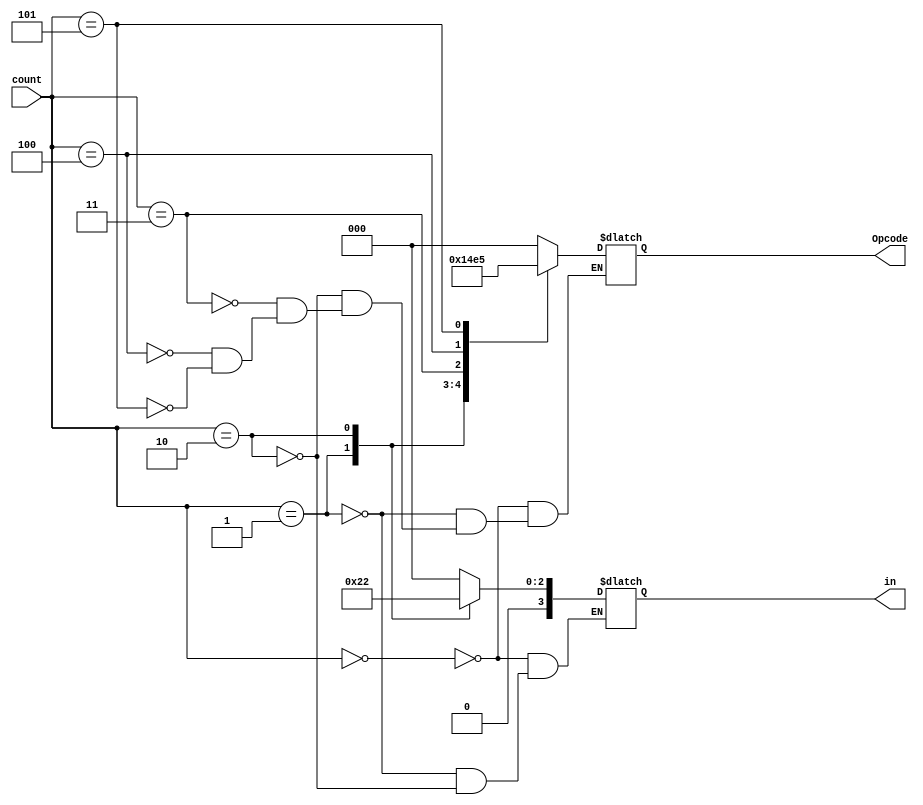
module memory (Opcode,count, in);

	input wire [2:0] count;
	output reg [2:0] Opcode;
	output reg [3:0] in;
		
	always @ (*) begin
		case(count)
			3'd0: begin
				Opcode <= 3'b000;
				in <= 4'd0;
			end
			3'd1: begin
				Opcode <= 3'b001;
				in <= 4'd4;
			end
			3'd2: begin
				Opcode <= 3'b010;
				in <= 4'd2;
			end
			3'd3: begin
				Opcode <= 3'b011;
			end
			3'd4: begin
				Opcode <= 3'b100;
			end
			3'd5: begin
				Opcode <= 3'b101;
			end
		endcase
	end
endmodule